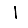
Digit: 1